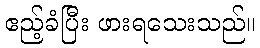
ဧည့်ခံပြီး ဖားရသေးသည်။